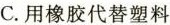
C.用橡胶代替塑料